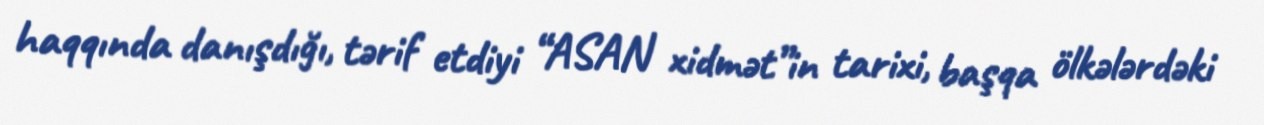
haqqında danışdığı, tərif etdiyi “ASAN xidmət”in tarixi, başqa ölkələrdəki